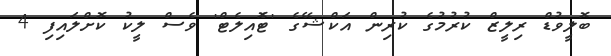
ބޮލީވުޑް ރިލީޒް ކުރުމުގެ ކުރިން އަކްޝޭގެ 'ޓޮެއިލެޓް' ވެސް ލީކު ކޮށްލައިފި 4